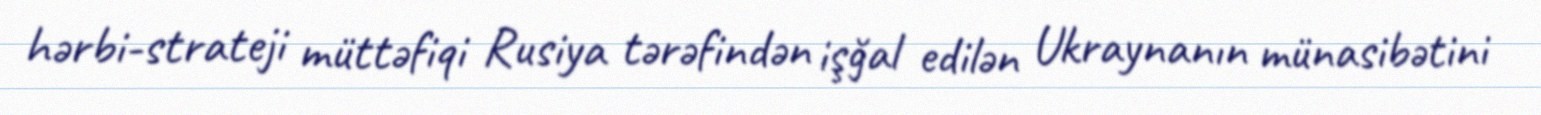
hərbi-strateji müttəfiqi Rusiya tərəfindən işğal edilən Ukraynanın münasibətini